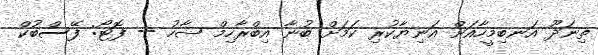
ތިނަދޫ އަނބިމީހާއަށް އަނިޔާކުރި ކަމަށް ބުނާ އިބްރާހިމް ޝާހު -- ފޮޓޯ: ފޭސްބުކް